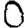
Digit: 0